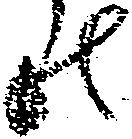
の